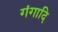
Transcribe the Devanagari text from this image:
गंगादि